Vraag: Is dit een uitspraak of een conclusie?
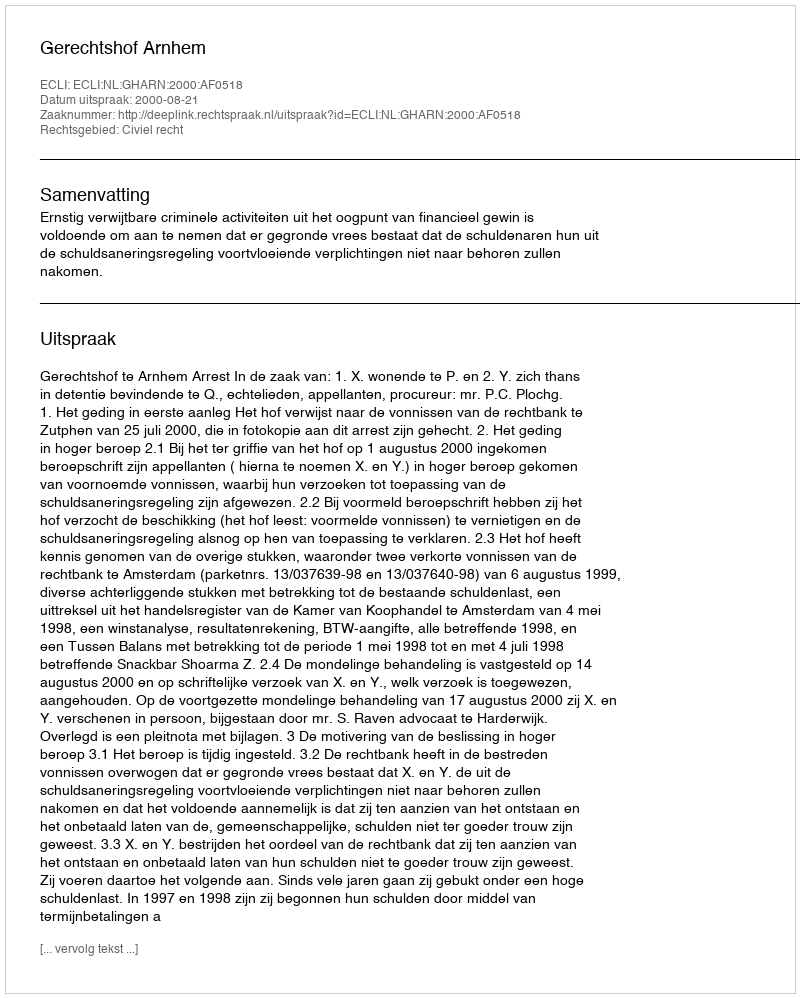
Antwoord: Uitspraak